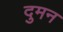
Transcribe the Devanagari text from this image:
दुमन